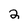
Character: 2